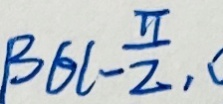
B \in ( - \frac { \pi } { 2 } ,